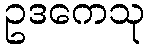
ဥဒကေသု